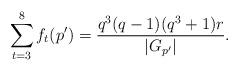
LaTeX: \begin{align*} \sum_{t=3}^{8}f_t(p')=\frac{q^3(q-1)(q^3+1)r}{|G_{p'}|}.\end{align*}